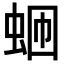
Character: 𬠄